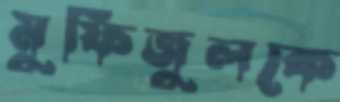
মুফিজুলকে